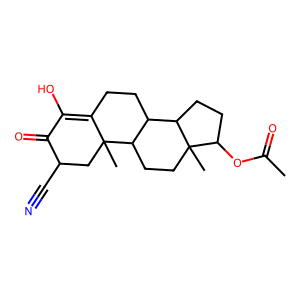
SMILES: CC(=O)OC1CCC2C3CCC4=C(O)C(=O)C(C#N)CC4(C)C3CCC12C
Inhibits HIV replication: No